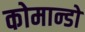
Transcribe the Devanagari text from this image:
कोमान्डो